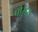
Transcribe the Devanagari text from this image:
पौंगरा